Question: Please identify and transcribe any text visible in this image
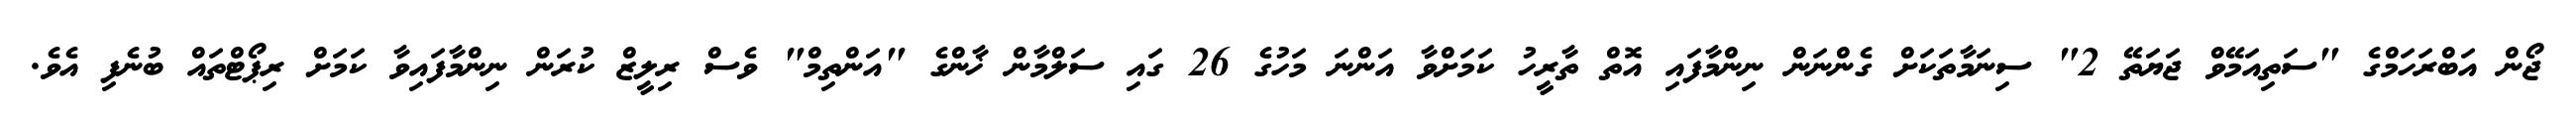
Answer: ޖޯން އަބްރަހަމްގެ "ސަތިއަމޭވް ޖަޔަތޭ 2" ސިނަމާތަކަށް ގެންނަން ނިންމާފައި އޮތް ތާރީހު ކަމަށްވާ އަންނަ މަހުގެ 26 ގައި ސަލްމާން ޚާންގެ "އަންތިމް" ވެސް ރިލީޒް ކުރަން ނިންމާފައިވާ ކަމަށް ރިޕޯޓްތައް ބުނެފި އެވެ.